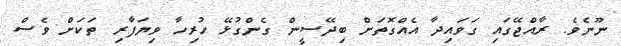
ނޫނެވެ. ރާއްޖޭގައި ގަވައިދާ އެއްގޮތަށް ބިދޭސީން ގެންގުޅޭ ހުރިހާ ވިޔަފާރި ތަކަށް ވެސް